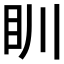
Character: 𥃹